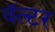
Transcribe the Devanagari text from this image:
वॅल्टर